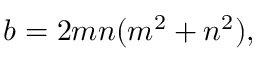
b = 2 m n ( m ^ { 2 } + n ^ { 2 } ) ,